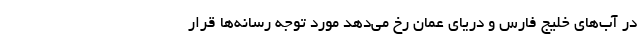
در آب‌های خلیج فارس و دریای عمان رخ می‌دهد مورد توجه رسانه‌ها قرار